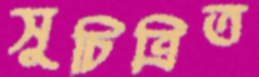
সুচিত্রিত